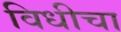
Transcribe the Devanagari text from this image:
विधीचा